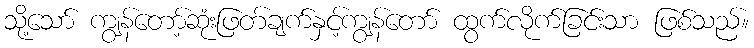
သို့သော် ကျွန်တော့်ဆုံးဖြတ်ချက်နှင့်ကျွန်တော် ထွက်လိုက်ခြင်းသာ ဖြစ်သည်။